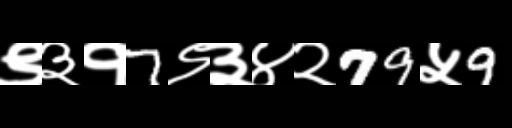
Text: ९३१7९३४२79५9